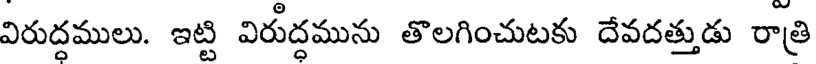
విరుద్దములు. ఇట్టి విరుద్దమును తొలగించుటకు దేవదత్తుడు రాత్రి